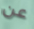
عن